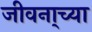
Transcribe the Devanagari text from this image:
जीवना्च्या